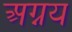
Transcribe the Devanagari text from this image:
अग्नय